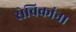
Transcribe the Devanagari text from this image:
सेविकांना